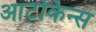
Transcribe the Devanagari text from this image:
आटकिन्स